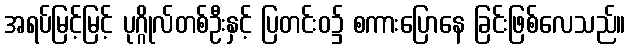
အရပ်မြင့်မြင့် ပုဂ္ဂိုလ်တစ်ဦးနှင့် ပြတင်းဝ၌ စကားပြောနေ ခြင်းဖြစ်လေသည်။